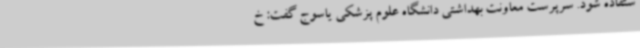
ستفاده شود. سرپرست معاونت بهداشتی دانشگاه علوم پزشکی یاسوج گفت: خ